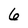
Character: 6